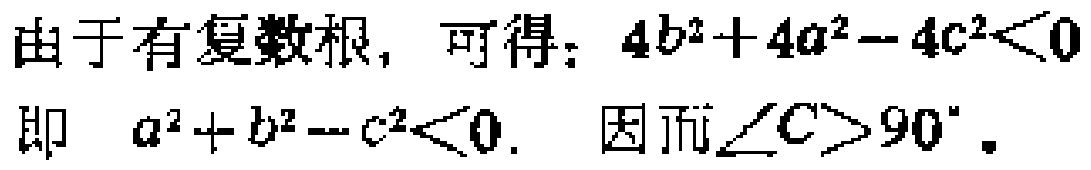
由于有复数根，可得：\(4b^{2}+4a^{2}-4c^{2}<0\)
即 \(a^{2}+b^{2}-c^{2}<0\). 因而\(\angle C>90^{\circ}\).